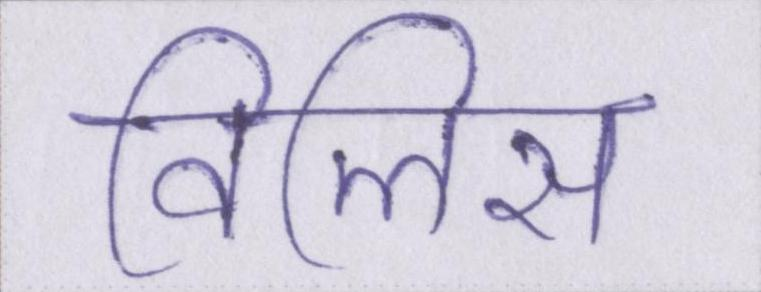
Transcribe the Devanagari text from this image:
विलिस